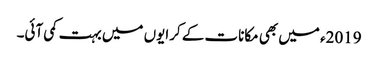
2019ء میں بھی مکانات کے کرایوں میں بہت کمی آئی۔